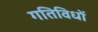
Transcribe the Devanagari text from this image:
गतिविधों